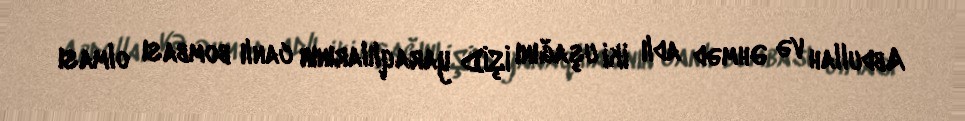
Abdullah və Əhməd adlı iki uşağını İŞİD yaraqlılarının canlı bombası olması